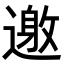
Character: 𨖟